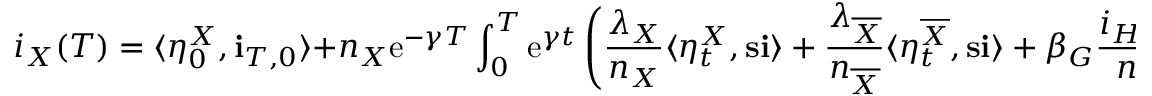
i _ { X } ( T ) = \langle \eta _ { 0 } ^ { X } , \mathbf { i } _ { T , 0 } \rangle + n _ { X } \mathrm { e } ^ { - \gamma T } \int _ { 0 } ^ { T } \mathrm { e } ^ { \gamma t } \left( \frac { \lambda _ { X } } { n _ { X } } \langle \eta _ { t } ^ { X } , \mathbf { s } \mathbf { i } \rangle + \frac { \lambda _ { \overline { { X } } } } { n _ { \overline { { X } } } } \langle \eta _ { t } ^ { \overline { { X } } } , \mathbf { s } \mathbf { i } \rangle + \beta _ { G } \frac { i _ { H } ( t ) } { n _ { H } } \frac { s _ { X } ( t ) } { n _ { X } } \right) d t .